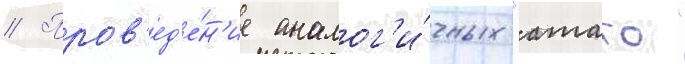
// Пров'ед'е́н'ие аналог'и́чных "атаго"